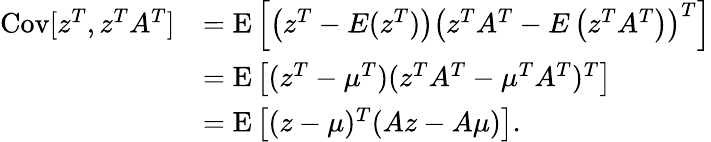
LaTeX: {\begin{array}{rl}{\operatorname{Cov}[z^{T},z^{T}A^{T}]}&{=\operatorname{E}\left[\left(z^{T}-E(z^{T})\right)\left(z^{T}A^{T}-E\left(z^{T}A^{T}\right)\right)^{T}\right]}\\ &{=\operatorname{E}\left[(z^{T}-\mu^{T})(z^{T}A^{T}-\mu^{T}A^{T})^{T}\right]}\\ &{=\operatorname{E}\left[(z-\mu)^{T}(Az-A\mu)\right].}\end{array}}